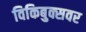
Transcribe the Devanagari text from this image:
विकिबुक्सवर